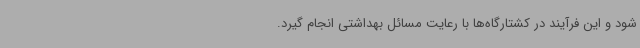
شود و این فرآیند در کشتارگاه‌ها با رعایت مسائل بهداشتی انجام گیرد.